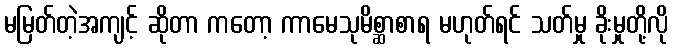
မမြတ်တဲ့အကျင့် ဆိုတာ ကတော့ ကာမေသုမိစ္ဆာစာရ မဟုတ်ရင် သတ်မှု ခိုးမှုတို့လို